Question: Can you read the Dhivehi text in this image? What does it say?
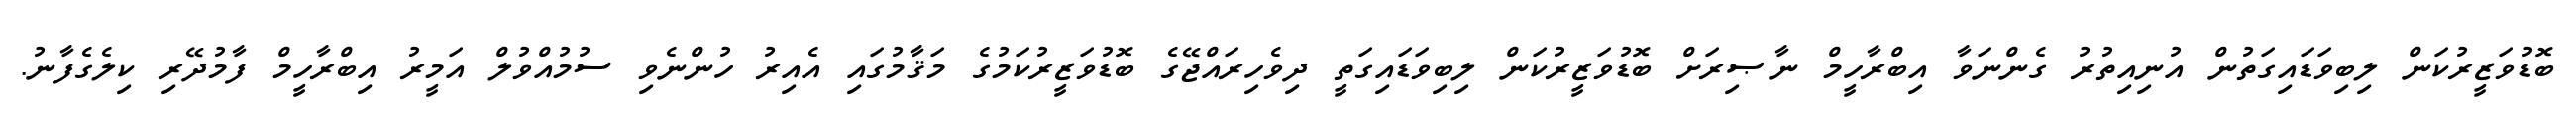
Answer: ބޮޑުވަޒީރުކަން ލިބިވަޑައިގަތުން އުނިއިތުރު ގެންނަވާ އިބްރާހީމް ނާޞިރަށް ބޮޑުވަޒީރުކަން ލިބިވަޑައިގަތީ ދިވެހިރައްޖޭގެ ބޮޑުވަޒީރުކަމުގެ މަޤާމުގައި އެއިރު ހުންނެވި ސުމުއްވުލް އަމީރު އިބްރާހީމް ފާމުދޭރި ކިލެގެފާނު.